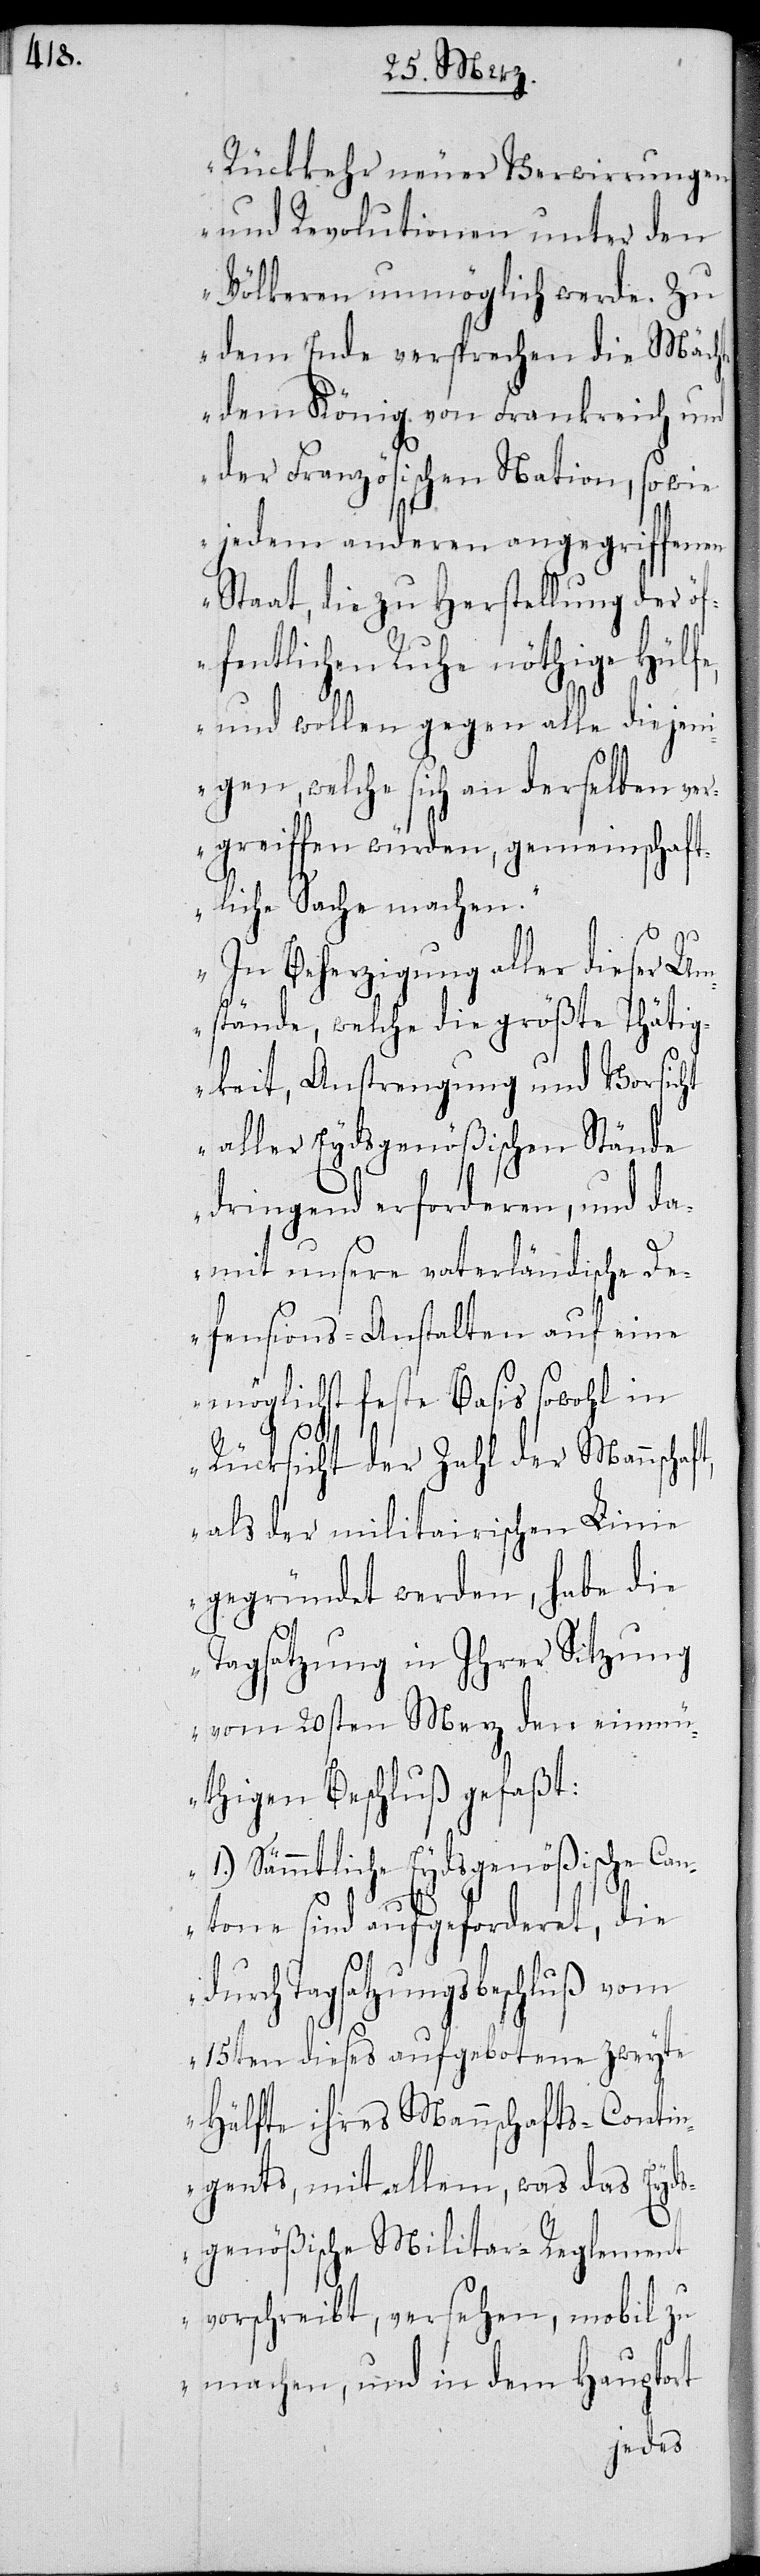
t,

Rückkehr neuer Verwirrungen
und Revolutionen unter den
Völkern unmöglich werde. Zu
dem Ende versprachen die Mächte
dem König von Frankreich und
der Französischen Nation, so wie
jedem anderen angegriffenen
Staat, die zu Herstellung der öf¬
fentlichen Ruhe nöthige Hülf¬
e, und wollen gegen alle diejen¬
igen, welche sich an derselben ver¬
greiffen würden, gemeinschaft¬
liche Sache machen.
In Beziehung aller dieser U¬
mstände, welche die größte Thätig¬
keit, Anstrengung und Vorsicht
aller Eydsgenößischen Stände
dringend erforderen, und da¬
mit unsere vaterländische De¬
fensions-Anstalten auf eine
möglichst feste Basis sowohl in
Rücksicht der Zahl der Mannschaf¬
als der militarischen Linie
gegründet werden, habe die
Tagsatzung in Ihrer Sitzung
vom 20sten Merz den einm¬
üthigen Beschluß gefaßt:
Sämmtliche Eydsgenößische Ca¬
ntone sind aufgeforderet,
durch Tagsatzungsbeschluß vom
15ten dieses aufgebotene zweyte
Hälfte ihres Mannschafts-Contin¬
gents, mit allem, was das Eyds¬
genößische Militar-Reglement
vorschreibt, versehen, mobil zu
machen, und in dem Hauptort